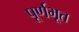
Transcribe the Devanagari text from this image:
पूर्णभूत